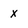
Character: x